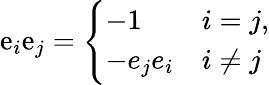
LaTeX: \mathrm{e}_{i}\mathrm{e}_{j}={\Bigg\{ }{\begin{array}{ll}{-1}&{i=j,}\\ {-e_{j}e_{i}}&{i\not=j}\end{array}}